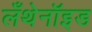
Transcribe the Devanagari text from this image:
लँथेनॉइड